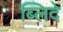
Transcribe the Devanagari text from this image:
ब्लिदे